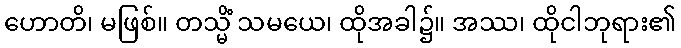
ဟောတိ၊ မဖြစ်။ တသ္မိံ သမယေ၊ ထိုအခါ၌။ အဿ၊ ထိုငါဘုရား၏